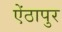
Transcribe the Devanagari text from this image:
ऐंठापुर